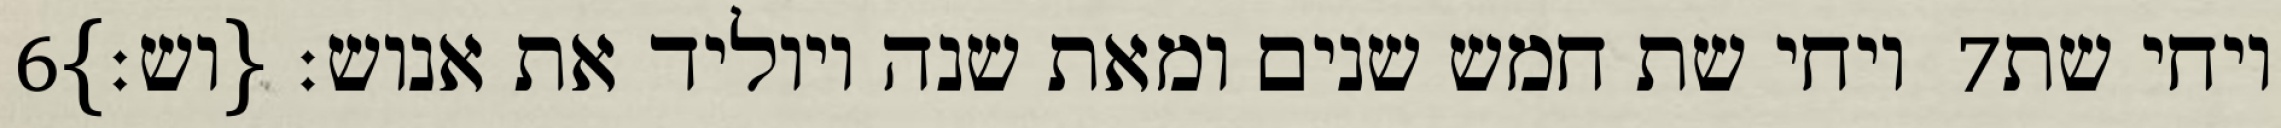
‎6‏ ויחי שת חמש שנים ומאת שנה ויוליד את אנוש׃ {וש׃} ‎7‏ ויחי שת